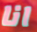
انا